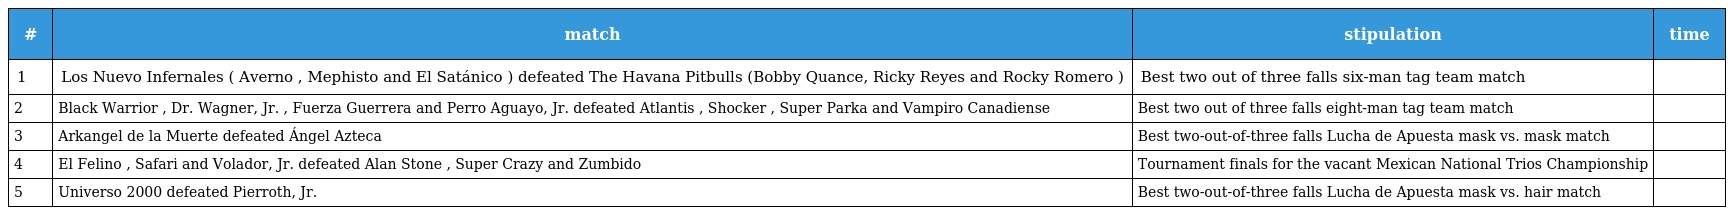
| # | match | stipulation | time |
 | --- | --- | --- | --- |
 | 1 | Los Nuevo Infernales ( Averno , Mephisto and El Satánico ) defeated The Havana Pitbulls (Bobby Quance, Ricky Reyes and Rocky Romero ) | Best two out of three falls six-man tag team match |  |
 | 2 | Black Warrior , Dr. Wagner, Jr. , Fuerza Guerrera and Perro Aguayo, Jr. defeated Atlantis , Shocker , Super Parka and Vampiro Canadiense | Best two out of three falls eight-man tag team match |  |
 | 3 | Arkangel de la Muerte defeated Ángel Azteca | Best two-out-of-three falls Lucha de Apuesta mask vs. mask match |  |
 | 4 | El Felino , Safari and Volador, Jr. defeated Alan Stone , Super Crazy and Zumbido | Tournament finals for the vacant Mexican National Trios Championship |  |
 | 5 | Universo 2000 defeated Pierroth, Jr. | Best two-out-of-three falls Lucha de Apuesta mask vs. hair match |  |